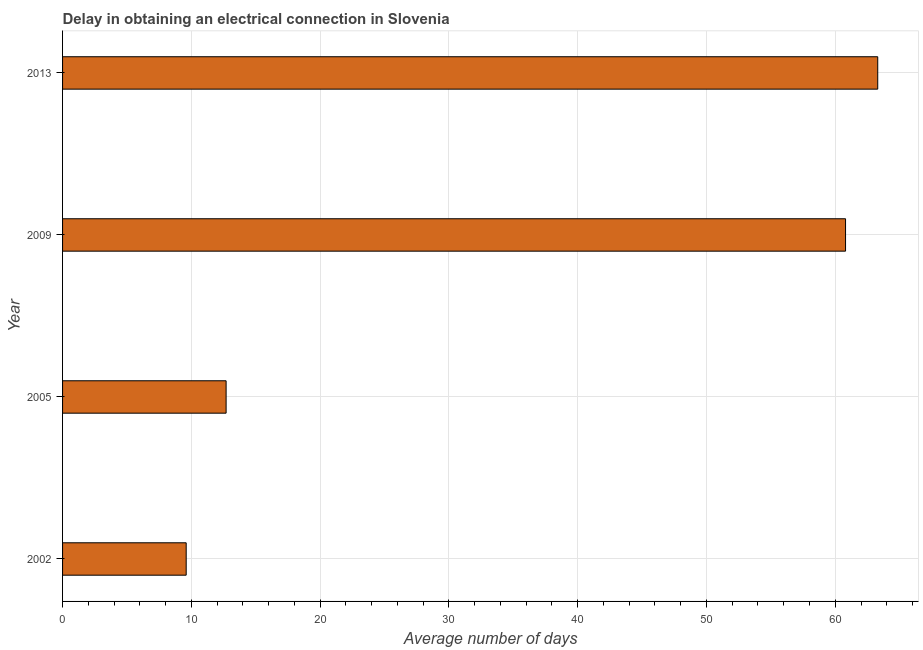
| Year | Dalay in Electrical connection |
 | --- | --- |
 | 2002 | 9.6 |
 | 2005 | 12.7 |
 | 2009 | 60.8 |
 | 2013 | 63.3 |